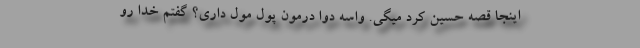
اینجا قصه حسین کرد میگی. واسه دوا درمون پول مول داری؟ گفتم خدا رو